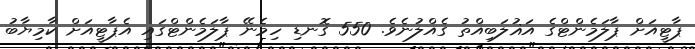
ޕާޓީއަށް ޕާލަމެންޓްގެ އަޣުލަބިއްތު ގެއްލުނެވެ. 550 ގޮނޑި ހިމެނޭ ޕާލަމެންޓްގައި އެޕާޓީއަށް ކާމިޔާބު